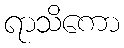
ရာသိကော